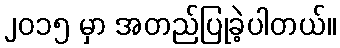
၂၀၁၅ မှာ အတည်ပြုခဲ့ပါတယ်။